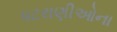
પટરાણીઓના